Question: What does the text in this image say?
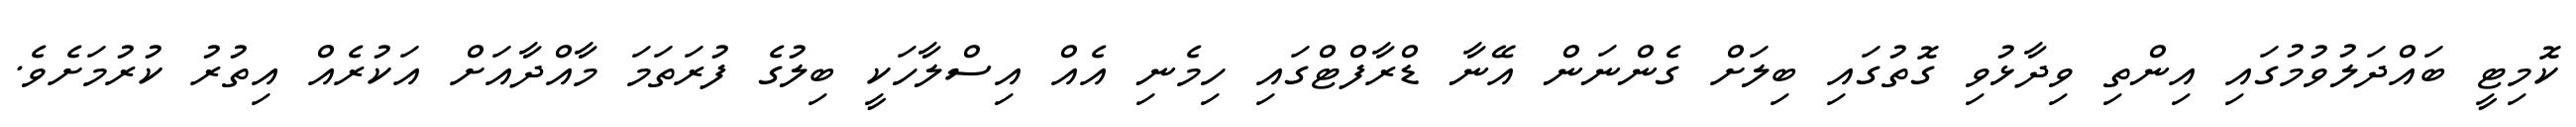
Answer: ކޮމިޓީ ބައްދަލުވުމުގައި އިންތި ވިދާޅުވި ގޮތުގައި ބިލަށް ގެންނަން އޭނާ ޑްރާފްޓްގައި ހިމެނި އެއް އިސްލާހަކީ ބިލުގެ ފުރަތަމަ މާއްދާއަށް އަކުރެއް އިތުރު ކުރުމަށެވެ.